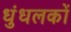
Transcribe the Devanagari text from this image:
धुंधलकों